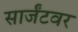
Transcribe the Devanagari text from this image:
सार्जंटवर